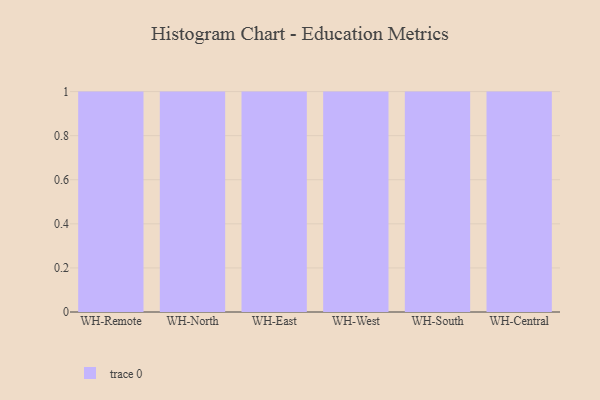
{"axis": {"x": "Warehouse", "y": "Revenue (USD Million)"}, "legend": [""], "data": [{"x": "WH-Remote", "y": 63, "type": ""}, {"x": "WH-North", "y": 89, "type": ""}, {"x": "WH-East", "y": 69, "type": ""}, {"x": "WH-West", "y": 97, "type": ""}, {"x": "WH-South", "y": 43, "type": ""}, {"x": "WH-Central", "y": 66, "type": ""}]}